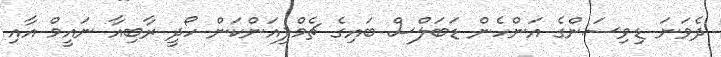
ދެވަނަ ޑިވިސަންގެ އަންހެން ޑަބަލްސް ބައިގެ ޗެމްޕިއަންކަން ހޯދީ ރާބިއާ ނައީމް އާއި